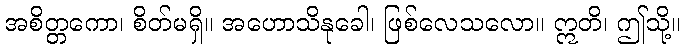
အစိတ္တကော၊ စိတ်မရှိ။ အဟောသိနုခေါ၊ ဖြစ်လေသလော။ ဣတိ၊ ဤသို့။